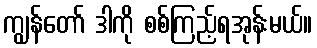
ကျွန်တော် ဒါကို စစ်ကြည့်ရအုန်းမယ်။